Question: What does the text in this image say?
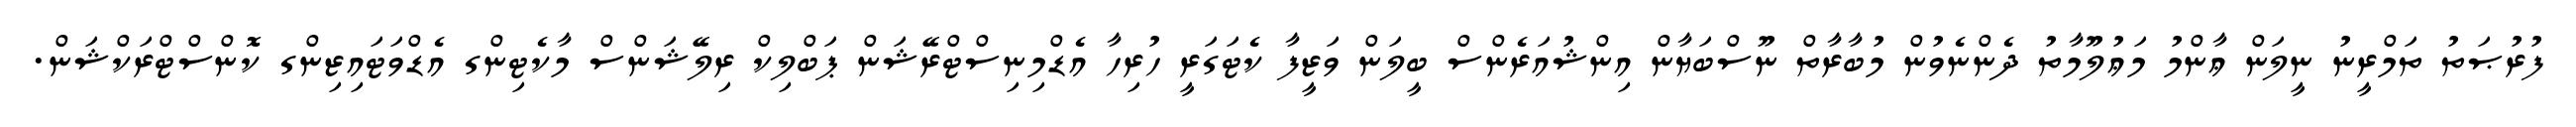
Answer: ފުރުޞަތު ތަމްރީނު ނީލަން ޢާންމު މަޢުލޫމާތު ދެންނެވުން މުބާރާތް ނޫސްބަޔާން އިންޝުއަރެންސް ބީލަން ވަޒީފާ ކެޓަގަރީ ހުރިހާ އެޑްމިނިސްޓްރޭޝަން ޕަބްލިކް ރިލޭޝަންސް މާކެޓިންގ އެޑްވަޓައިޒިންގ ކޮންސްޓްރަކްޝަން.